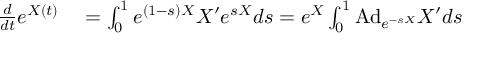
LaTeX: \begin{array} { r l } { { \frac { d } { d t } } e ^ { X ( t ) } } & { { } = \int _ { 0 } ^ { 1 } e ^ { ( 1 - s ) X } X ^ { \prime } e ^ { s X } d s = e ^ { X } \int _ { 0 } ^ { 1 } \mathrm { A d } _ { e ^ { - s X } } X ^ { \prime } d s } \end{array}